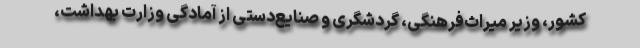
کشور، وزیر میراث‌فرهنگی، گردشگری و صنایع‌دستی از آمادگی وزارت بهداشت،